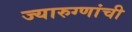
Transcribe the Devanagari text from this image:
ज्यारुग्णांची